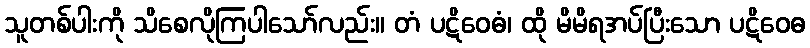
သူတစ်ပါးကို သိစေလိုကြပါသော်လည်း။ တံ ပဋိဝေဓံ၊ ထို မိမိရအပ်ပြီးသော ပဋိဝေဓ